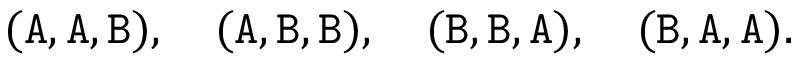
( \mathtt { A } , \mathtt { A } , \mathtt { B } ) , \quad ( \mathtt { A } , \mathtt { B } , \mathtt { B } ) , \quad ( \mathtt { B } , \mathtt { B } , \mathtt { A } ) , \quad ( \mathtt { B } , \mathtt { A } , \mathtt { A } ) .